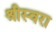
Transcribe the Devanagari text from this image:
श्रीस्वरा